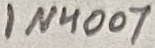
Text: 1N4007